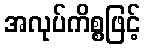
အလုပ်ကိစ္စဖြင့်